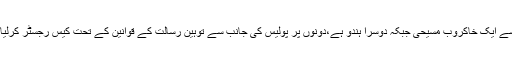
ان میں سے ایک خاکروب مسیحی جبکہ دوسرا ہندو ہے،دونوں پر پولیس کی جانب سے توہینِ رسالت کے قوانین کے تحت کیس رجسٹر کرلیا گیا ہے۔